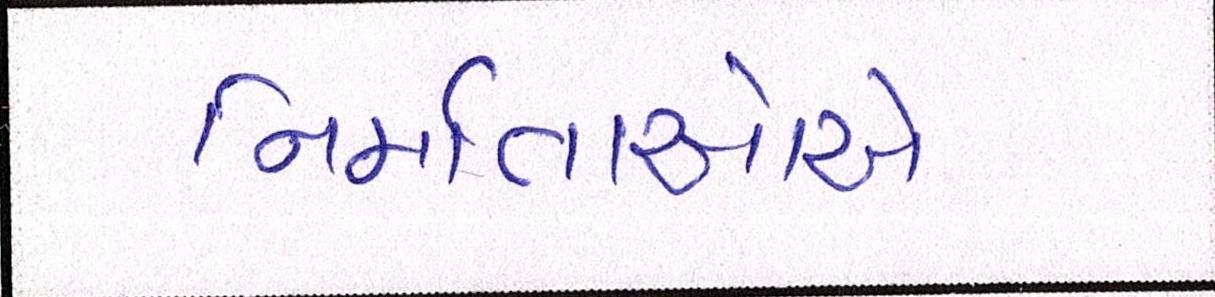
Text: નિર્માતાઓએ